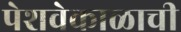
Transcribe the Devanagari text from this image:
पेशवेकाळाची